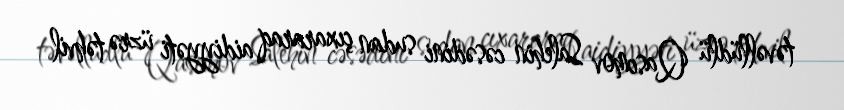
təvəllüdlü Qasımov Salehin cəsədini sudan çıxararaq aidiyyəti üzrə təhvil